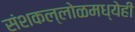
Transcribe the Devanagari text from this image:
संशकल्लोळमध्येही